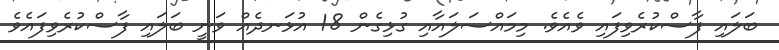
ބަލައި ފާސްކުރެވިފައި ވެއެވެ. މިމައްސަލައާއި ގުޅިގެން 18 އުޅަނދެއް ވަނީ ބަލައި ފާސްކުރެވިފައެވެ